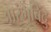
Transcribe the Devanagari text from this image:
आरंभबिंदु